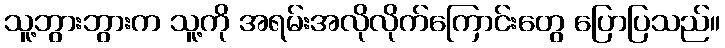
သူ့ဘွားဘွားက သူ့ကို အရမ်းအလိုလိုက်ကြောင်းတွေ ပြောပြသည်။